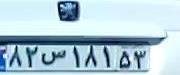
۸۲س۱۸۱۵۳